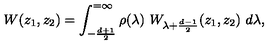
W ( z _ { 1 } , z _ { 2 } ) = \int _ { - { \frac { d + 1 } { 2 } } } ^ { = \infty } \rho ( \lambda ) \ W _ { \lambda + \frac { d - 1 } { 2 } } ( z _ { 1 } , z _ { 2 } ) \ d \lambda ,